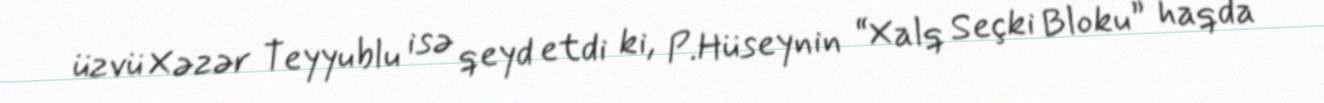
üzvü Xəzər Teyyublu isə qeyd etdi ki, P.Hüseynin “Xalq Seçki Bloku” haqda